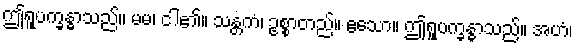
ဤရူပက္ခန္ဓာသည်။ မမ၊ ငါ၏။ သန္တကံ၊ ဥစ္စာတည်။ ဧသော။ ဤရူပက္ခန္ဓာသည်။ အဟံ၊